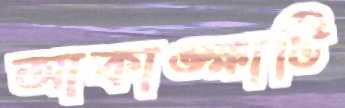
আকাঙ্ক্ষাটি